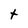
Character: t